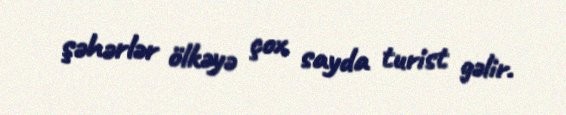
şəhərlər ölkəyə çox sayda turist gəlir.